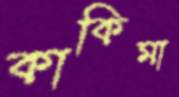
কাকিমা